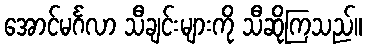
အောင်မင်္ဂလာ သီချင်းများကို သီဆိုကြသည်။